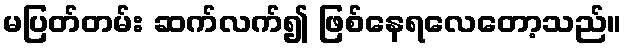
မပြတ်တမ်း ဆက်လက်၍ ဖြစ်နေရလေတော့သည်။